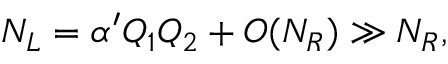
N _ { L } = \alpha ^ { \prime } Q _ { 1 } Q _ { 2 } + { \cal O } ( N _ { R } ) \gg N _ { R } ,